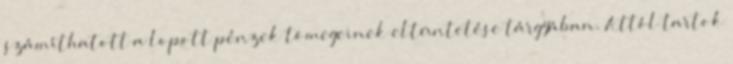
számíthatott a lopott pénzek tömegeinek eltüntetése tárgyában. Attól tartok